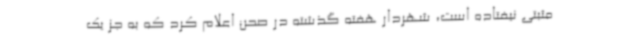
مثبتی نیفتاده است، شهردار هفته گذشته در صحن اعلام کرد که به جز یک